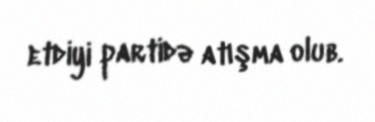
etdiyi partidə atışma olub.